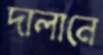
দালানে